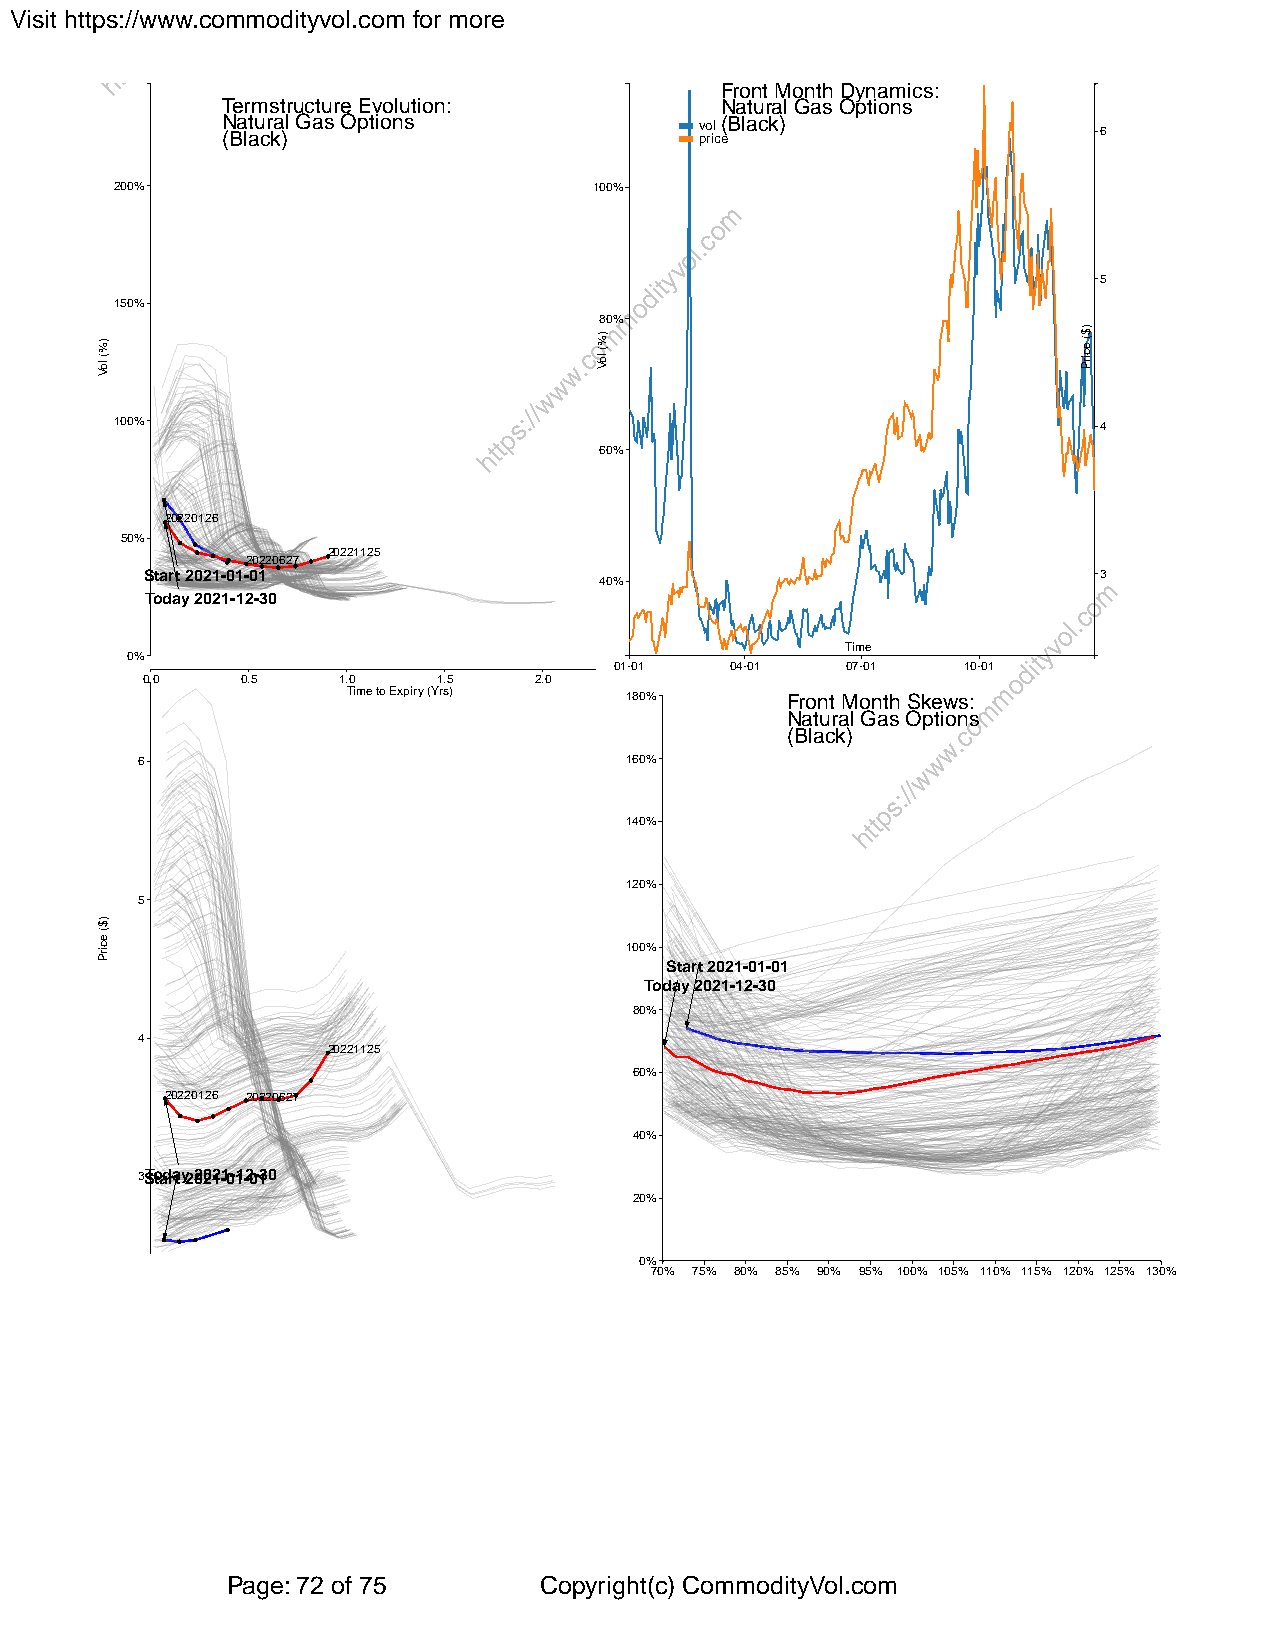
Visit https://www.commodityvol.com for more
 Front Month Dynamics:
 Termstructure Evolution:         Natural Gas Options
 N (Ba latu cr ka )l Gas Options v po ril c( eBlack)       6
 200%                           100%
 5
 150%
 80%
 100%                                                             4
 60%
 20220126
 50%
 20221125
 20220627
 Start 2021-01-01                                               3
 40%
 Today 2021-12-30
 Time
 0%
 01-01  04-01   07-01   10-01
 0.0    0.5   1.0    1.5   2.0
 Time to Expiry (Yrs) 180%    Front Month Skews:
 Natural Gas Options
 (Black)
 6                               160%
 140%
 120%
 5
 100%
 Start 2021-01-01
 Today 2021-12-30
 80%
 4
 20221125
 60%
 20220126 20220627
 40%
 3STotadrat y2 022012-10-11-20-130
 20%
 0%
 70% 75% 80% 85% 90% 95% 100% 105% 110% 115% 120% 125% 130%
 Page: 72 of 75       Copyright(c) CommodityVol.com
 )%(
 loV
 )$(
 ecirP
 )%(
 loV
 )$(
 ecirP